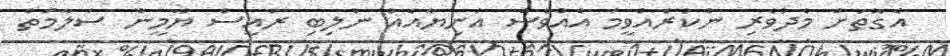
އެގޮތަށް މެދުވެރި ނުކުރެއްވީމަ އެއްވެސް އަނިޔާއެއް ނުލިބި ރައީސް ޔާމީން ސަލާމަތް